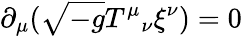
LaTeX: \partial_{\mu}({\sqrt{-g}}T^{\mu}{}_{\nu}\xi^{\nu})=0